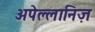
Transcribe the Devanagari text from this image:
अपेल्लानिज़